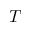
T